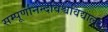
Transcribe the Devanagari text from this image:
सम्पूर्णानन्दविश्वविद्यालय